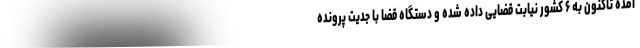
آمده تاکنون به ۶ کشور نیابت قضایی داده شده و دستگاه قضا با جدیت پرونده